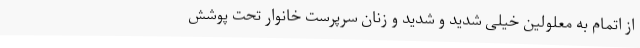
از اتمام به معلولین خیلی شدید و شدید و زنان سرپرست خانوار تحت پوشش